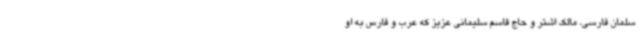
سلمان فارسی، مالک اشتر و حاج قاسم سلیمانی عزیز که عرب و فارس به او